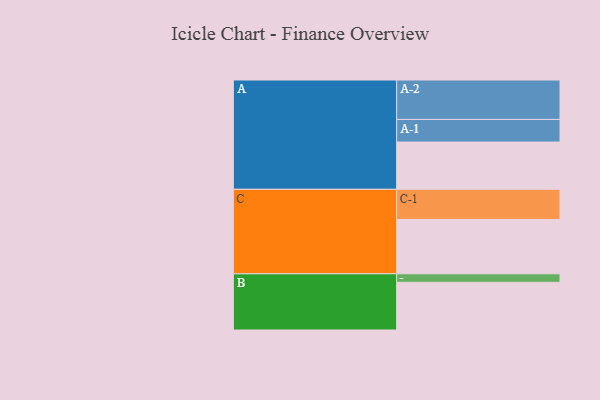
{"axis": {"x": "Segment", "y": "Value"}, "legend": ["", "A", "B", "C"], "data": [{"x": "A", "y": 356, "type": ""}, {"x": "B", "y": 359, "type": ""}, {"x": "C", "y": 409, "type": ""}, {"x": "A-1", "y": 170, "type": "A"}, {"x": "A-2", "y": 297, "type": "A"}, {"x": "B-1", "y": 64, "type": "B"}, {"x": "C-1", "y": 227, "type": "C"}]}